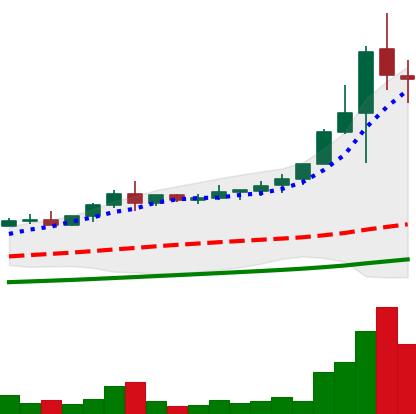
Ticker: NEO-USD
Chart end date: 2021-04-20
Forward return: -26.344%
Label: down_7plus